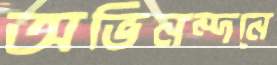
অভিনন্দনে